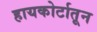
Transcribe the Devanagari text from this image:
हायकोर्टातून